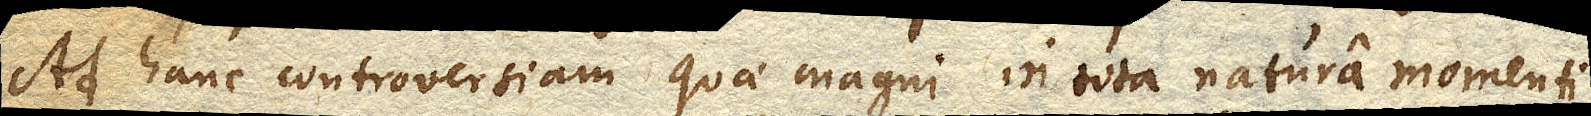
Ad hanc controversiam quae magni in tota natura momenti